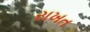
રાખત